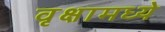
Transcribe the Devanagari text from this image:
वृक्षामध्ये